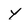
Character: y